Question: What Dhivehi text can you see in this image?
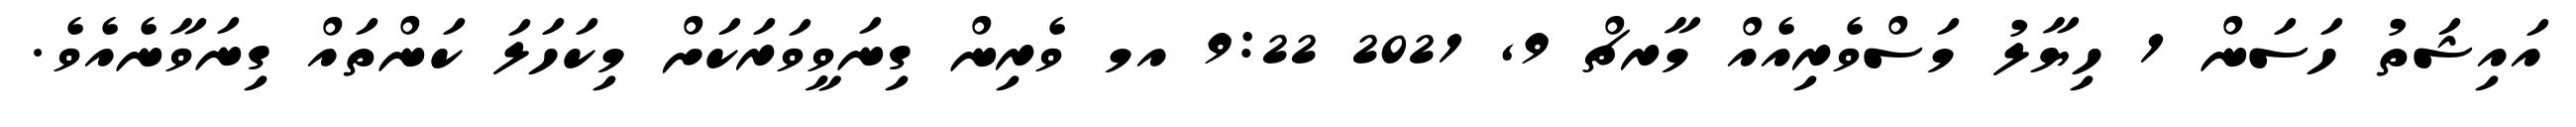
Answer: އައިޝަތު ހަސަން 1 ހިޔާލު މަސްވެރިއެއް މާރޗް 9, 2021 9:22 އމ ވެރިން ގިނަވީވަރަކަށް މިކަހަލަ ކަންތައް ގިނަވާނެއެވެ.